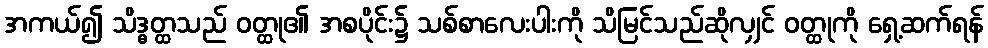
အကယ်၍ သိဒ္ဓတ္ထသည် ဝတ္ထု၏ အစပိုင်း၌ သစ်စာလေးပါးကို သိမြင်သည်ဆိုလျှင် ဝတ္ထုကို ရှေ့ဆက်ရန်